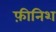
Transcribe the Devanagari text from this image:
फ़ीनिश